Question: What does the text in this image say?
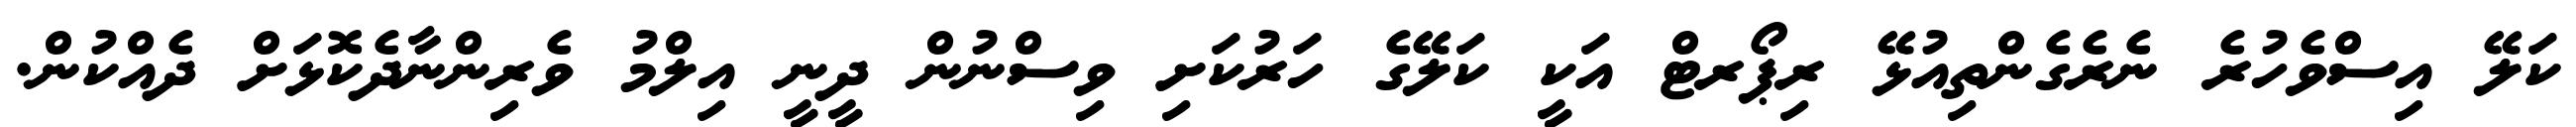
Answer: ކަލޭ އިސްވެހުރެ ނެރެގެންތިއުޅޭ ރިޕޯރޓް އަކީ ކަލޭގެ ހަރުކަށި ވިސްނުން ދީނީ އިލްމު ވެރިންނާދެކޮޅަށް ދެއްކުން.